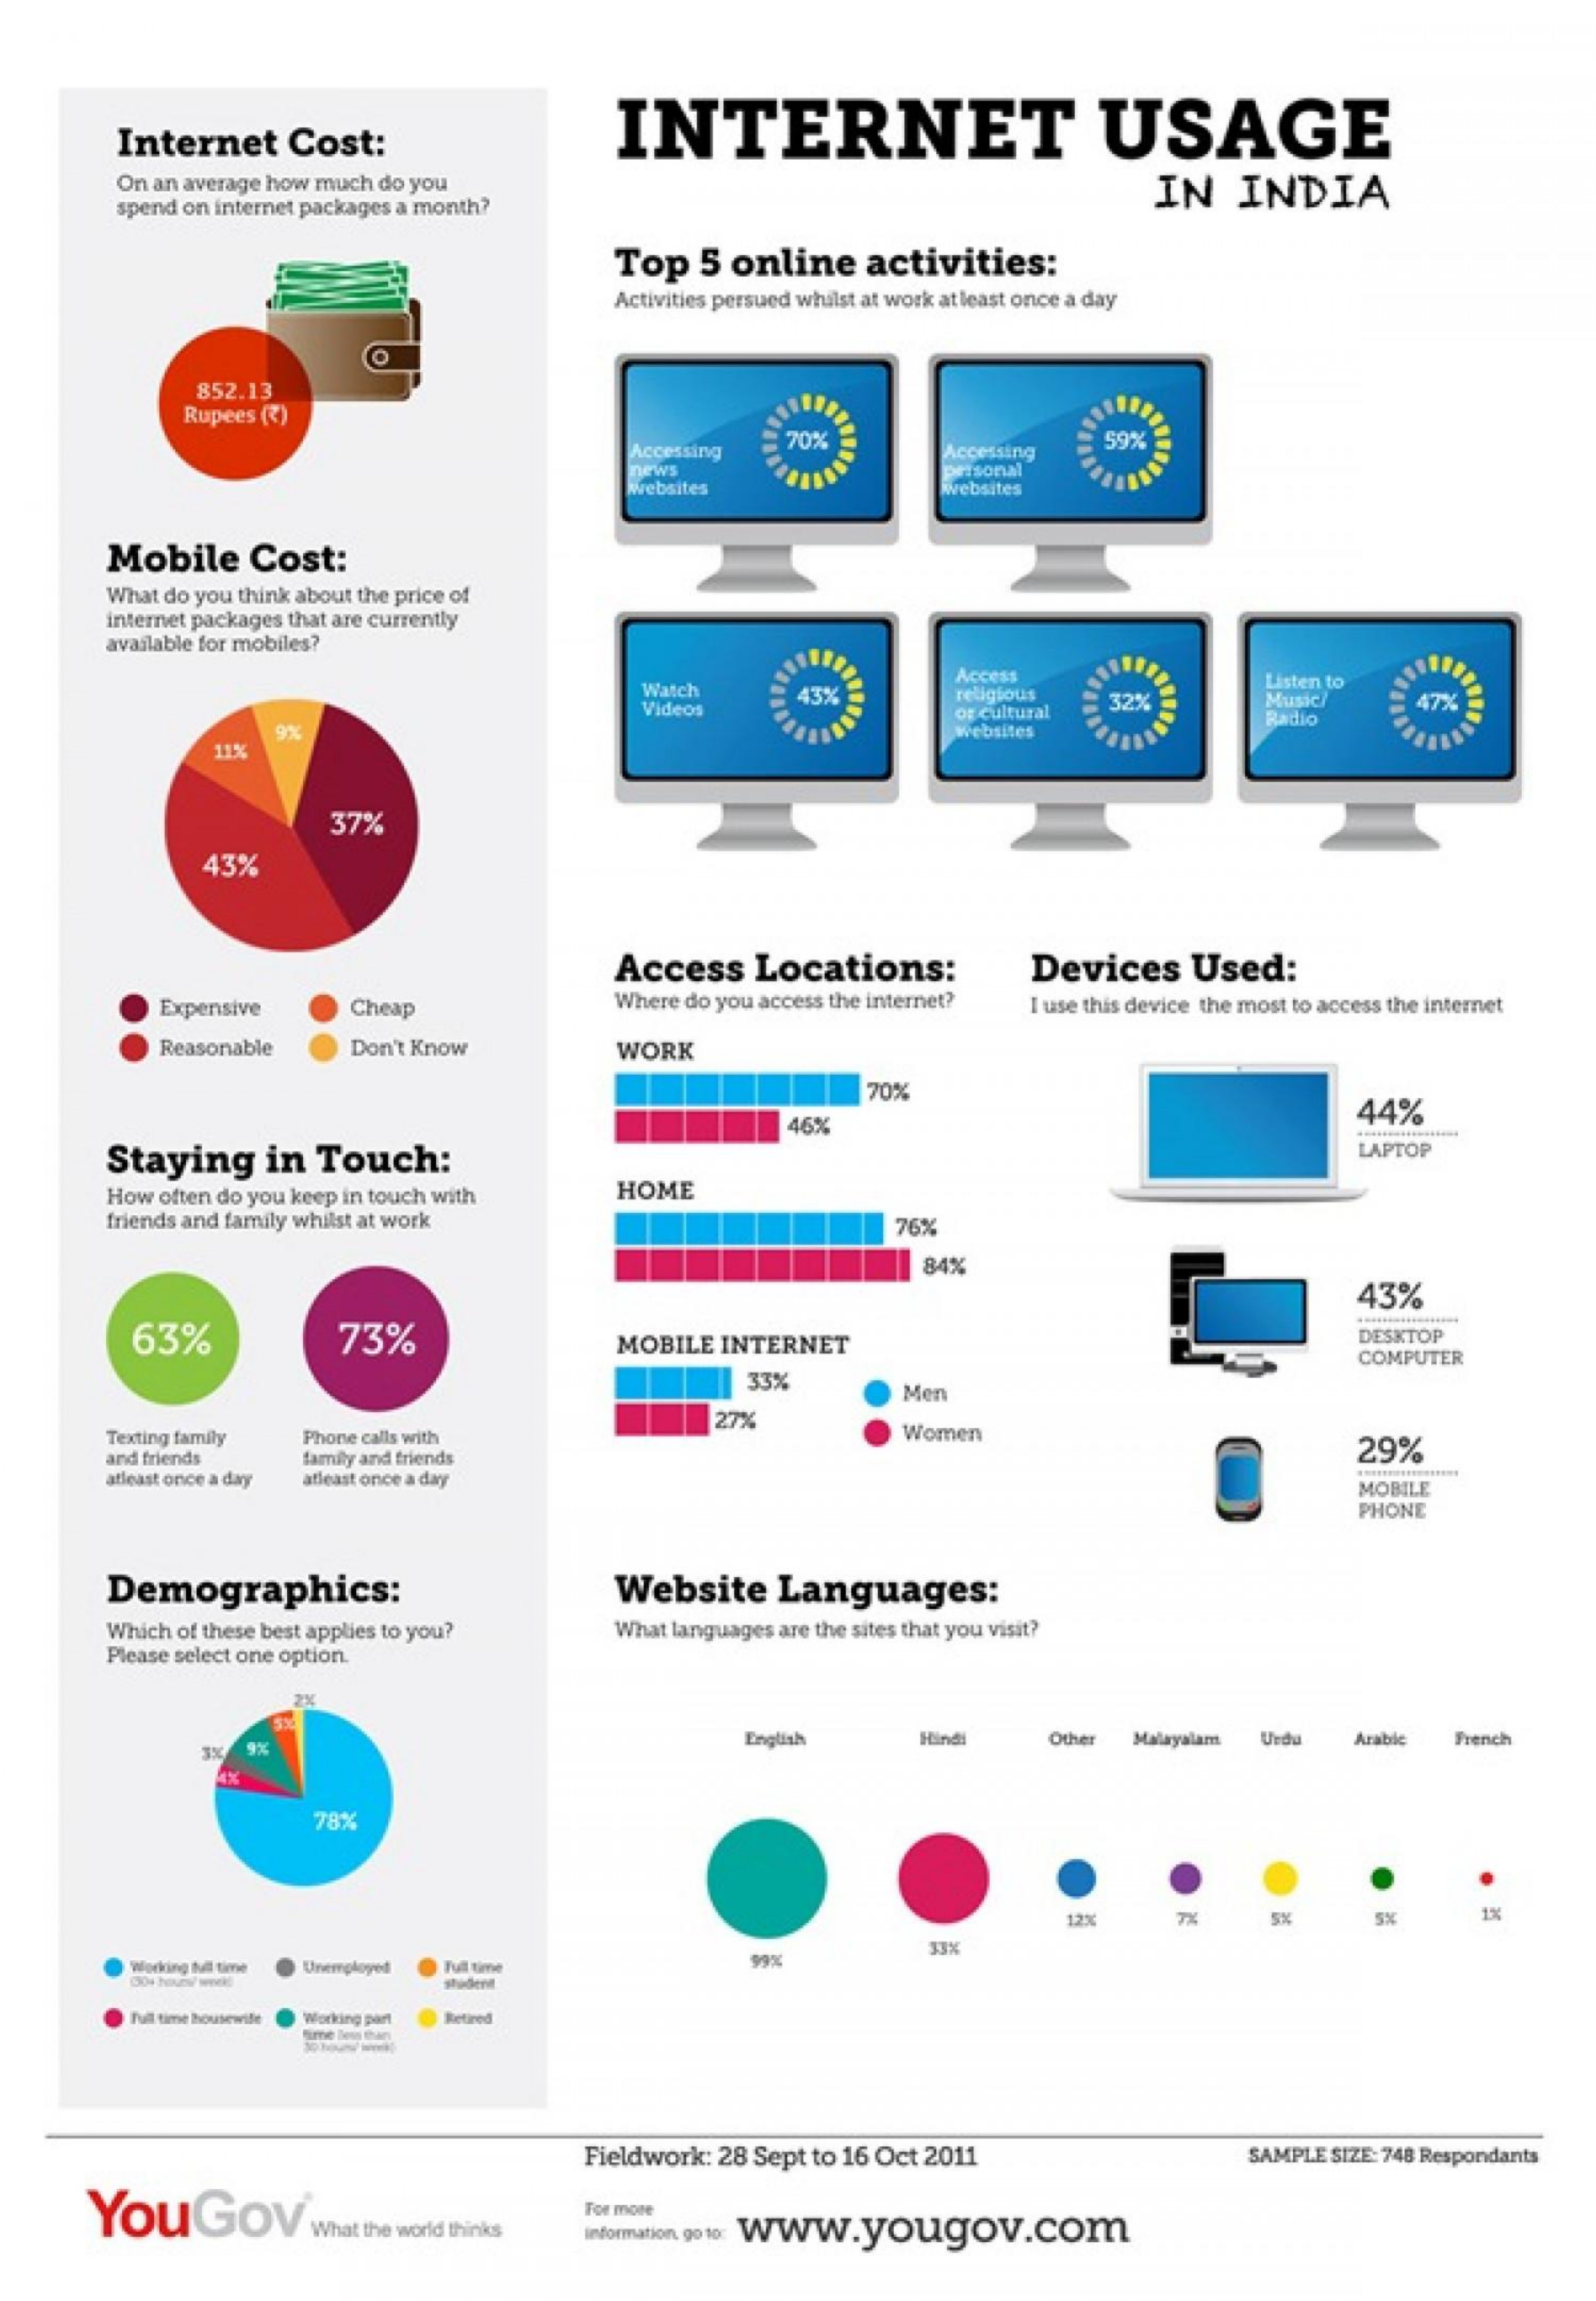
Internet  Cost:    INTERNET    USAGE
     On an average how much do you
     spend on internet packages a month?
     IN  INDIA
     Top  5 online  activities:
     Activities persued whilst at work at least once a day
     852.13
     Rupees (7)
     Accessing 70%
     Accessing
     59%
     news    prisonal
     websites    Websites
     Mobile  Cost:
     What do you think about the price of
     internet packages that are currently
     available for mobiles?
     Watch
     Videos
     43%
     Access
     religious
     of cultural
     32%
     Listen to
     Music    47%
     11%
     9%    Websites
     Radio
     37%
     43%
     Access  Locations:    Devices   Used:
     Expensive   Cheap    Where do you access the internet? I use this device the most to access the internet
     Reasonable  Don't Know    WORK
     70%
     44%
     46%
     Staying  in  Touch:
     LAPTOP
     How often do you keep in touch with HOME
     friends and family whilst at work    76%
     84%
     43%
     63%    73%    MOBILE INTERNET    DESKTOP
     COMPUTER
     33%
     Men
     Texting family Phone calls with
     27%
     Women
     and friends
     29%
     atleast once a day
     family and friends
     atleast once a day    MOBILE
     PHONE
     Demographics:    Website  Languages:
     Which of these best applies to you? What languages are the sites that you visit?
     Please select one option.
     English   Hindi   Other Malayalam Urdu Arabic French
     78%
     12%    5%    1%
     working til time Unemployed Full time 99%
     full time housewife Working part Retired
     Fieldwork: 28 Sept to 16 Oct 2011    SAMPLE SIZE: 748 Respondants
     YouGOV    What the world thinks Information, goto Www.yougov.com
     For more